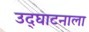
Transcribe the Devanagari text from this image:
उद्‌घाटनाला